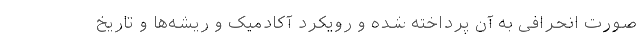
صورت انحرافی به آن پرداخته شده و رویکرد آکادمیک و ریشه‌ها و تاریخ